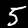
Label: 5